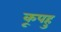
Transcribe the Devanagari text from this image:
कूपहु